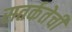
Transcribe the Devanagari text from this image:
सतर्कतेची